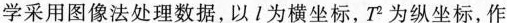
学采用图像法处理数据，以 l 为横坐标，T^{ 2 }为纵坐标，作